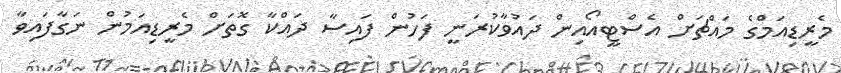
މެރީޑިއަމްގެ މައްޗަށް އެސްޓީއޯއިން ދައުވާކުރަނީ ފަހުން ފައިސާ ދައްކާ ގޮތަށް މެރީޑިއަމުން ނަގާފައިވާ